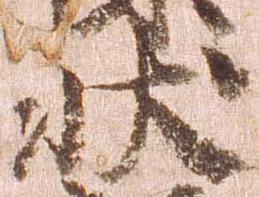
状